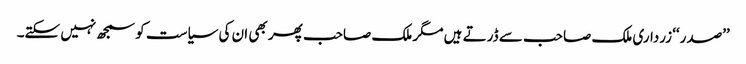
’’صدر‘‘ زرداری ملک صاحب سے ڈرتے ہیں مگر ملک صاحب پھر بھی ان کی سیاست کو سمجھ نہیں سکتے۔